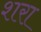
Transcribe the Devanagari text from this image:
शरा